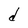
Character: d